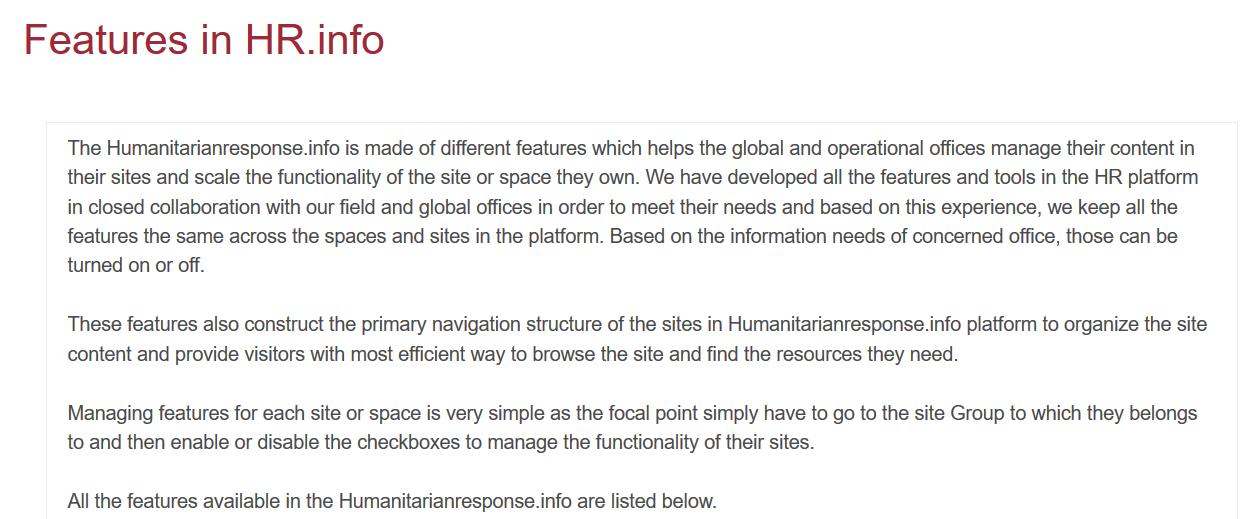
Features    in   HR.info
     Managing  features for each site or space is very simple as the focal point simply have to go to the site Group to which they belongs
     to and then enable or disable the checkboxes to manage the functionality of their sites.
     All the features available in the Humanitarianresponse.info are listed below.
     These  features also construct the primary navigation structure of the sites in Humanitarianresponse. info platform to organize the site
     content and provide visitors with most efficient way to browse the site and find the resources they need.
     The  Humanitarianresponse.info is made of different features which helps the global and operational offices manage their content in
     their sites and scale the functionality of the site or space they own. We have developed all the features and tools in the HR platform
     in closed collaboration with our field and global offices in order to meet their needs and based on this experience, we keep all the
     features the same across the spaces and sites in the platform. Based on the information needs of concerned office, those can be
     turned on or off.